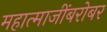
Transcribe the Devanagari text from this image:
महात्माजींबरोबर